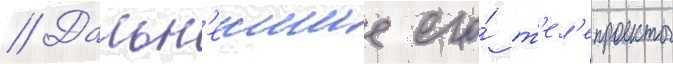
// Дальн'еишие его́ т'ел'епроекты